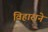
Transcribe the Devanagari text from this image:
विहाराने